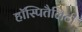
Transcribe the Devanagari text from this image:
हॉस्पितैलिटी